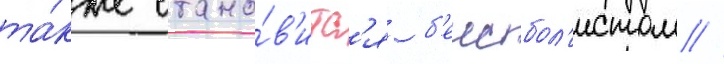
та́кже стано́в'итс'я б'еисбол'истом //